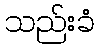
သည်းခံ